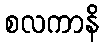
စလကာနိ